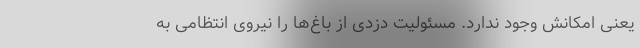
یعنی امکانش وجود ندارد. مسئولیت دزدی از باغ‌ها را نیروی انتظامی به